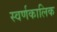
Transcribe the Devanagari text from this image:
स्वर्णकालिक